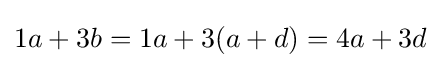
1a+3b=1a+3(a+d)=4a+3d